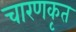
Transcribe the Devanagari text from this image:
चारणकृत